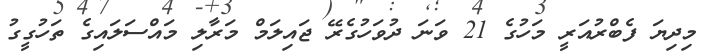
މިދިޔަ ފެބްރުއަރީ މަހުގެ 21 ވަނަ ދުވަހުގެރޭ ޖައިލަމް މަރާލި މައްސަލައިގެ ތަހުގީގު